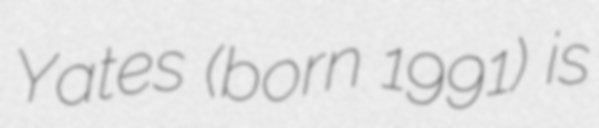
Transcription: Yates (born 1991) is